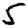
Digit: 5